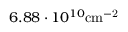
6 . 8 8 \cdot 1 0 ^ { 1 0 } \mathrm { { c m } ^ { - 2 } }